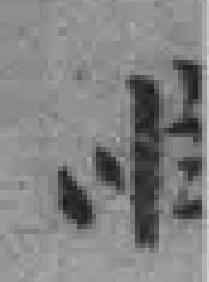
*